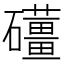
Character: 𥗪